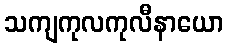
သကျကုလကုလီနာယော